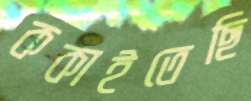
ককাইতেছি